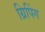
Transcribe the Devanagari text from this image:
ग्रिपिंग